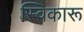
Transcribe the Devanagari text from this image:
स्विकारू